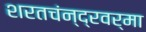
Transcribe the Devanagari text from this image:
शरतचंन्द्रवर्मा